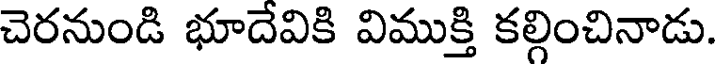
చెరనుండి భూదేవికి విముక్తి కల్గించినాడు.